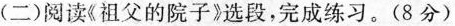
(二)阅读《祖父的院子》选段，完成练习。(8分)